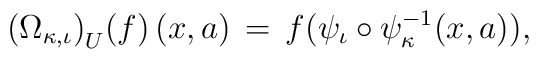
\lefteqn{ \big( \Omega_{\kappa ,\iota} \big)_U (f) \, (x,a) \, = \, f \big( \psi_{\iota} \circ \psi_{\kappa}^{-1}(x,a) \big) , }